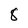
Character: 8